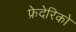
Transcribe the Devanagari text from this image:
फ्रेदेरिको